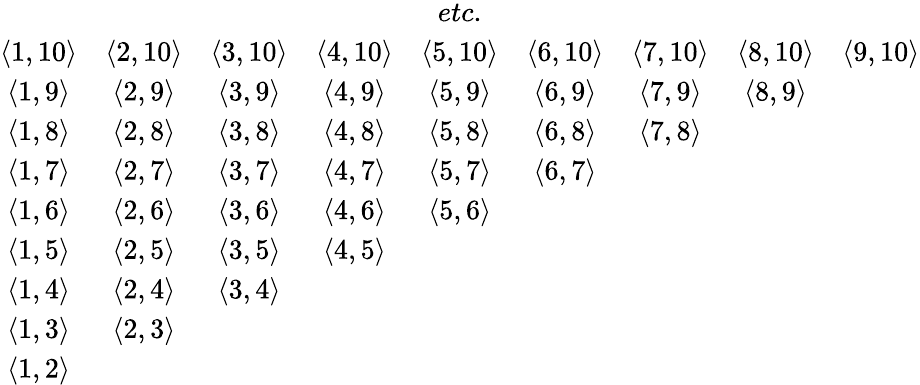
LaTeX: \begin{array}{ccccccccc}&&&&{etc.}&&&&\\ {\langle 1,10\rangle}&{\langle 2,10\rangle}&{\langle 3,10\rangle}&{\langle 4,10\rangle}&{\langle 5,10\rangle}&{\langle 6,10\rangle}&{\langle 7,10\rangle}&{\langle 8,10\rangle}&{\langle 9,10\rangle}\\ {\langle 1,9\rangle}&{\langle 2,9\rangle}&{\langle 3,9\rangle}&{\langle 4,9\rangle}&{\langle 5,9\rangle}&{\langle 6,9\rangle}&{\langle 7,9\rangle}&{\langle 8,9\rangle}&\\ {\langle 1,8\rangle}&{\langle 2,8\rangle}&{\langle 3,8\rangle}&{\langle 4,8\rangle}&{\langle 5,8\rangle}&{\langle 6,8\rangle}&{\langle 7,8\rangle}&&\\ {\langle 1,7\rangle}&{\langle 2,7\rangle}&{\langle 3,7\rangle}&{\langle 4,7\rangle}&{\langle 5,7\rangle}&{\langle 6,7\rangle}&&&\\ {\langle 1,6\rangle}&{\langle 2,6\rangle}&{\langle 3,6\rangle}&{\langle 4,6\rangle}&{\langle 5,6\rangle}&&&&\\ {\langle 1,5\rangle}&{\langle 2,5\rangle}&{\langle 3,5\rangle}&{\langle 4,5\rangle}&&&&&\\ {\langle 1,4\rangle}&{\langle 2,4\rangle}&{\langle 3,4\rangle}&&&&&&\\ {\langle 1,3\rangle}&{\langle 2,3\rangle}&&&&&&&\\ {\langle 1,2\rangle}&&&&&&&&\end{array}